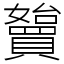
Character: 𡤓